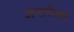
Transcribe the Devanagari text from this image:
जनामेजय